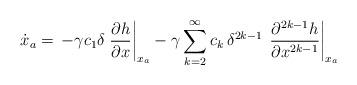
LaTeX: \begin{align*}\dot{{x}}_a = \, -\gamma c_1 \delta \left.\dfrac{\partial h}{\partial x}\right|_{{x}_a} -\gamma \sum_{k=2}^{\infty} c_k \,{\delta^{2k-1}}\,\left.\dfrac{\partial^{2k-1}h}{\partial x^{2k-1}} \right|_{{x}_a} \end{align*}